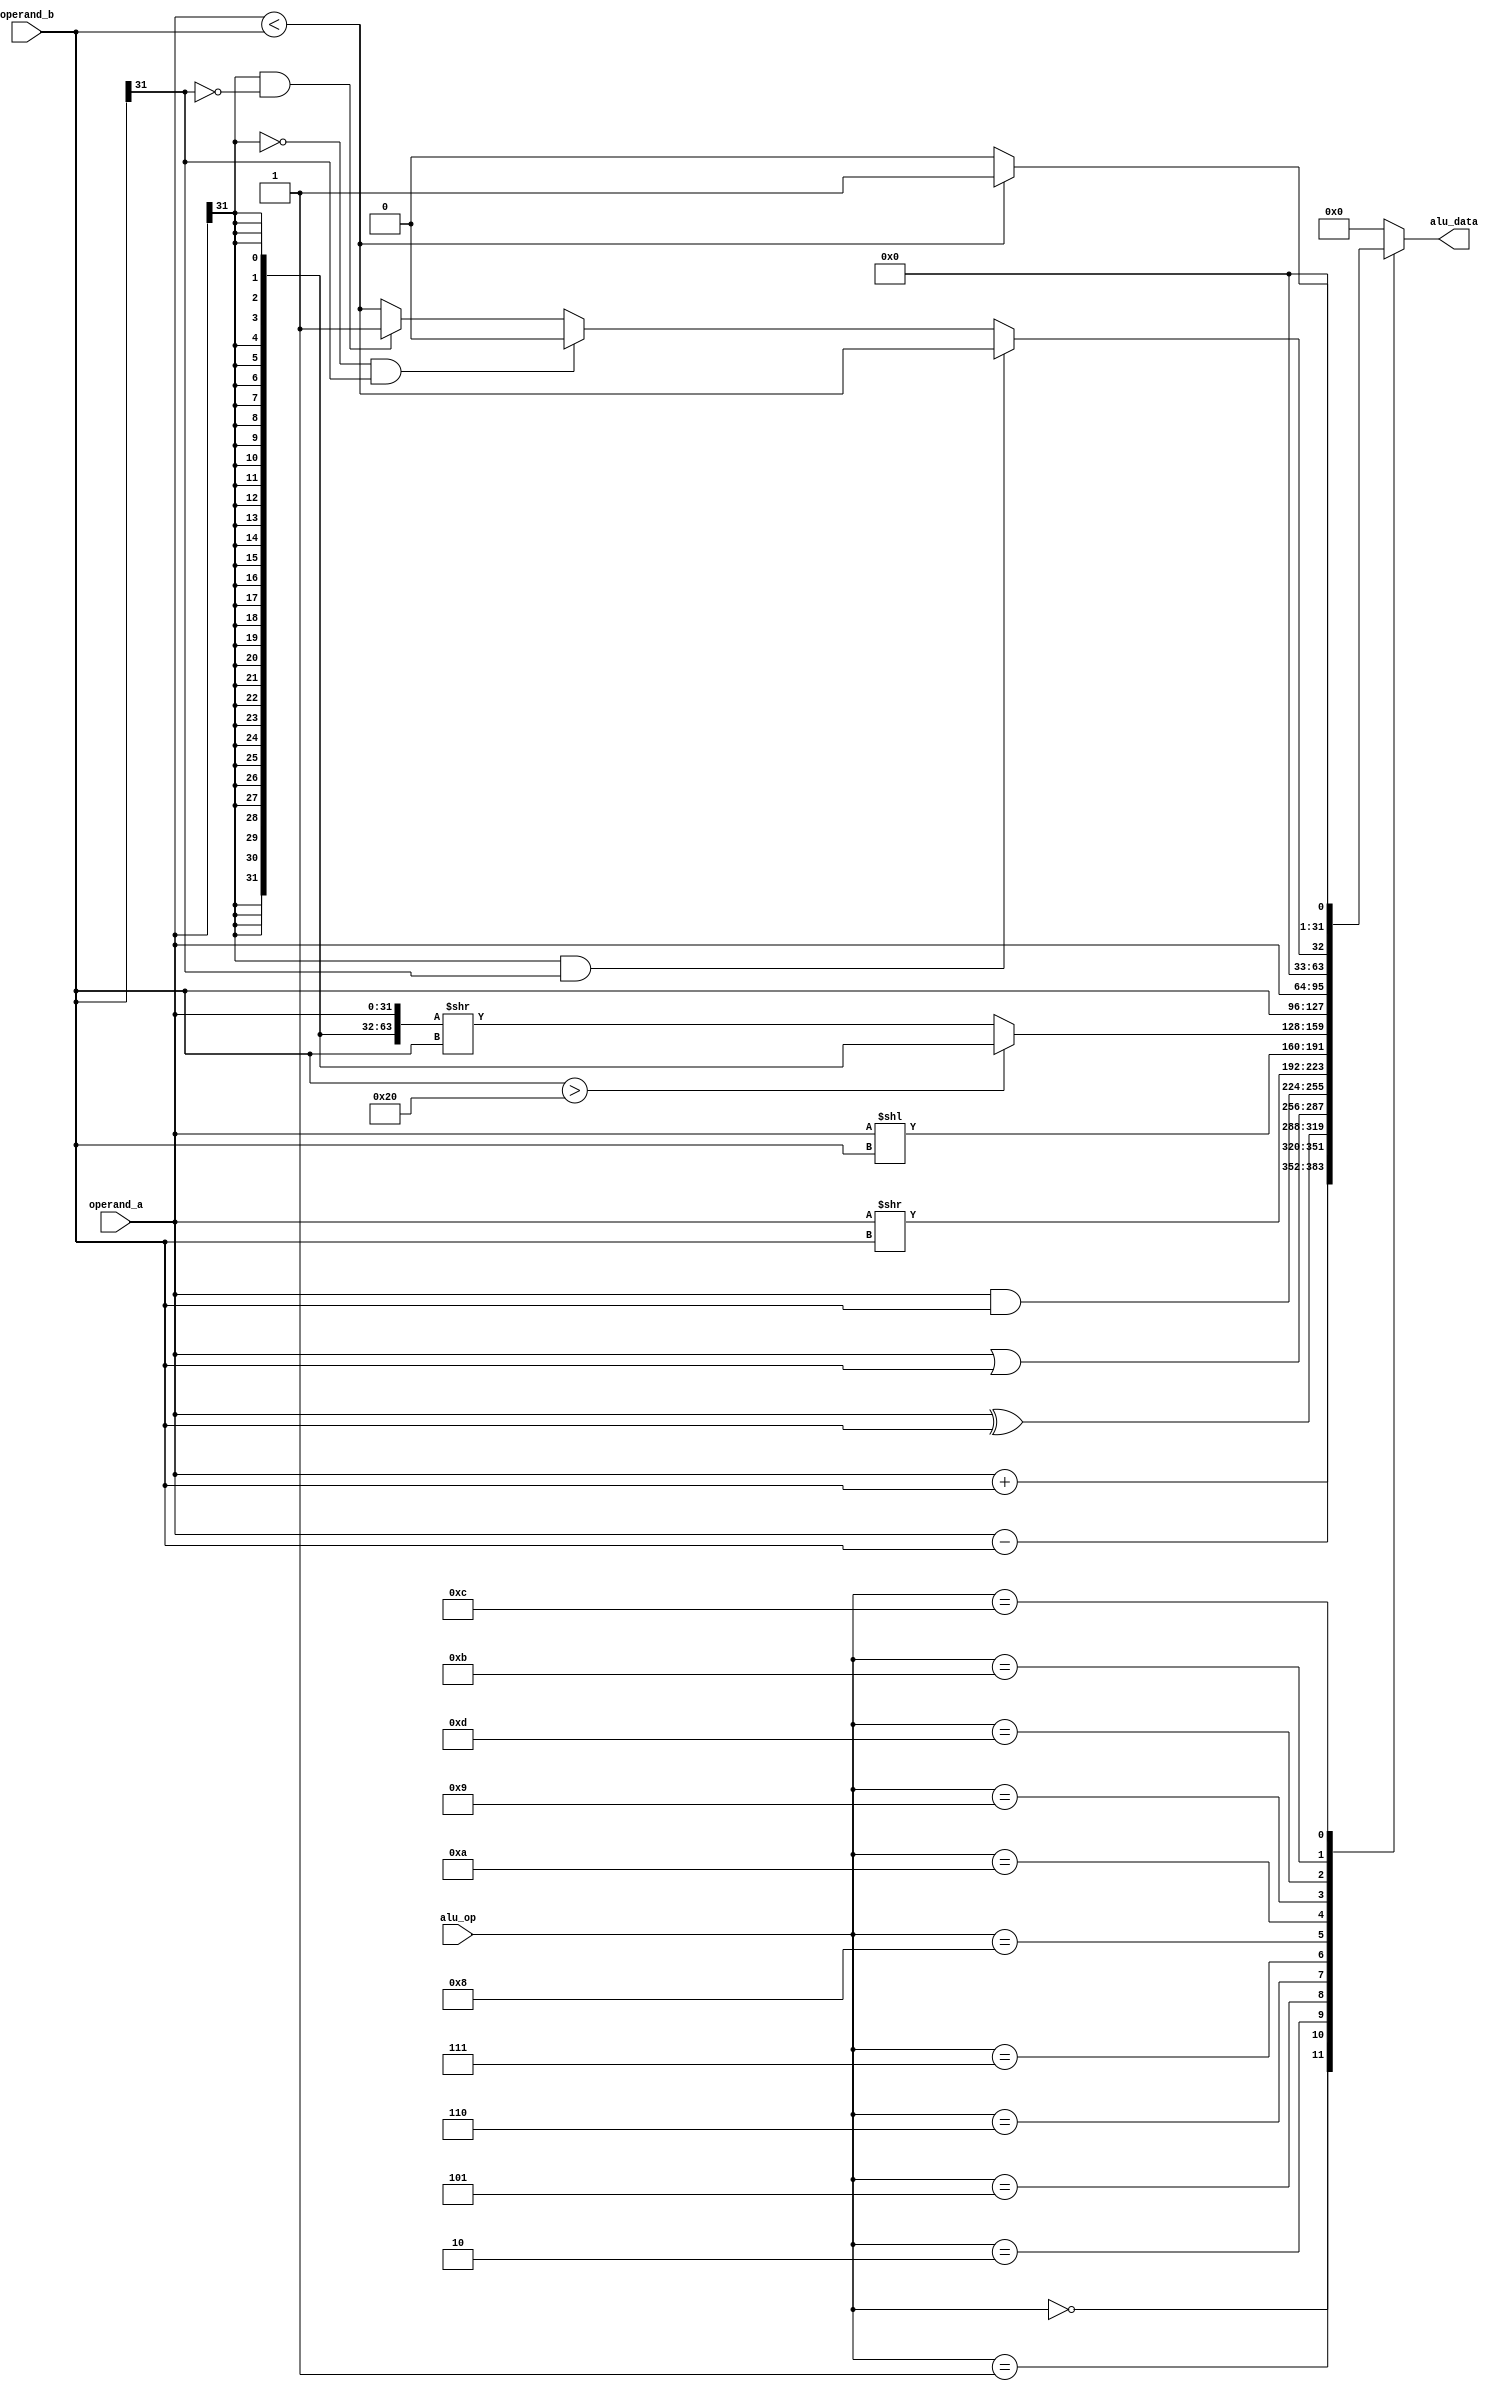
module alu (
    operand_a,           
    operand_b,          
    alu_op,      
    alu_data          
);


// -- Data length ---------------------------------------------
parameter XLEN = 32;

// -- Memory mapped IO ----------------------------------------
parameter IO_INPUT_BUS_LEN = 14;
parameter IO_OUTPUT_BUS_LEN = 52;
parameter IO_BASE_ADDR = 712;

// -- Module IO -----------------------------------------------
input [XLEN-1:0] operand_a, operand_b;
input [3:0] alu_op;
output reg [XLEN-1:0] alu_data;
parameter ALU_ADD = 4'b0000;    // add
parameter ALU_SUB = 4'b0001;    // subtract
parameter ALU_XOR = 4'b0010;    // xor
parameter ALU_OR  = 4'b0101;    // or
parameter ALU_AND = 4'b0110;    // and
parameter ALU_LSR = 4'b0111;    // logical shift right
parameter ALU_LSL = 4'b1000;    // logical shift left
parameter ALU_PASS_0 = 4'b1101; // pass input 0 to output
parameter ALU_PASS_1 = 4'b1001; // pass input 1 to output
parameter ALU_ASR = 4'b1010;    // arithmetic shift right
parameter ALU_LT = 4'b1011;     // set if less than
parameter ALU_LTU = 4'b1100;    // set if less than unsigned

// -- Internal signals ----------------------------------------
wire [2*XLEN-1:0] in_0_extended = {{XLEN{operand_a[XLEN-1]}},operand_a};

// -- Calculate output based on operation code ----------------
always @(*) begin
    case (alu_op)
        ALU_ADD: alu_data <= operand_a + operand_b;
        ALU_SUB: alu_data <= operand_a - operand_b;
        ALU_XOR: alu_data <= operand_a ^ operand_b;
        ALU_OR: alu_data <= operand_a | operand_b;
        ALU_AND: alu_data <= operand_a & operand_b;
        ALU_LSR: alu_data <= operand_a >> operand_b;
        ALU_LSL: alu_data <= operand_a << operand_b;
        ALU_ASR: begin
            if (operand_b > XLEN)
                alu_data <= {XLEN{operand_a[XLEN-1]}};
            else
                alu_data <= in_0_extended >> operand_b;
        end
        ALU_PASS_1: alu_data <= operand_b;
        ALU_PASS_0: alu_data <= operand_a;
        ALU_LT: begin
            if (operand_a[XLEN-1] && operand_b[XLEN-1])           
                alu_data <= (operand_a < operand_b);
            else if (!operand_a[XLEN-1] && operand_b[XLEN-1])    
                alu_data <= 0;
            else if (operand_a[XLEN-1] && !operand_b[XLEN-1])    
                alu_data <= 1;
            else                                        
                alu_data <= (operand_a < operand_b);
        end
        ALU_LTU: alu_data <= (operand_a < operand_b) ? 1 : 0;
        default: alu_data <= {XLEN{1'b0}};  
    endcase
end

endmodule